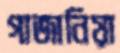
গাজানিয়া